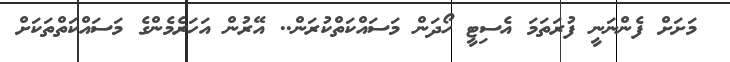
މަށަށް ފެންނަނީ ފުރަތަމަ އެސިޓީ ހޯދަން މަސައްކަތްކުރަން.. އޭރުން އަހަރެމެންގެ މަސައްކަތްތަކަށް